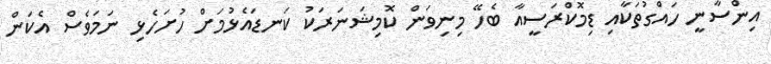
އިންސާނީ ހައްގުތަކާއި ޑިމޮކްރަސީއާ ބެހޭ މިނިވަން ކޮމިޝަނަރަކު ކަނޑައެޅުމަށް ހުށަހެޅި ނަމަވެސް އެކަން